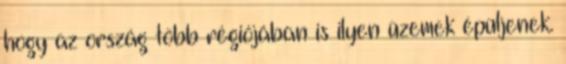
hogy az ország több régiójában is ilyen üzemek épüljenek.